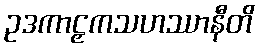
ဥဒကာဠှကသဟဿာနီတိ